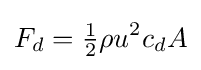
F_{d}={\tfrac {1}{2}}\rho u^{2}c_{d}A